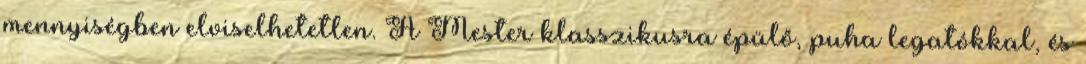
mennyiségben elviselhetetlen. A Mester klasszikusra épülő, puha legatókkal, és